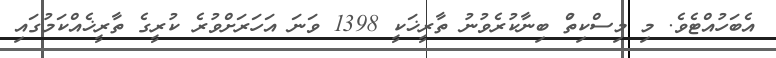
އެބަހުއްޓެވެ. މި މިސްކިތުް ބިނާކުރެވުނު ތާރީޚަކީ 1398 ވަނަ އަހަރަށްވުރެ ކުރީގެ ތާރީޚެއްކަމުގައި